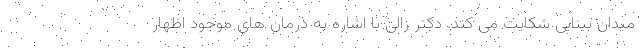
میدان بینایی شکایت می کند. دکتر زالی با اشاره به درمان های موجود اظهار